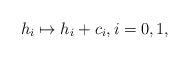
LaTeX: \begin{align*}h_{i} \mapsto h_{i} +c_{i}, i = 0,1, \end{align*}